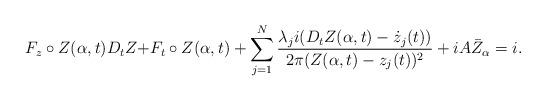
LaTeX: \begin{align*}F_z\circ Z(\alpha,t)D_tZ+&F_t\circ Z(\alpha,t)+\sum_{j=1}^N \frac{\lambda_j i(D_tZ(\alpha,t)- \dot{z}_j(t))}{2\pi (Z(\alpha,t)-z_j(t))^2}+iA\bar{Z}_{\alpha}=i.\end{align*}